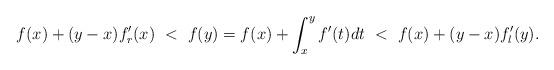
LaTeX: \begin{align*}f(x) + (y-x) f'_r(x) \ < \ f(y) = f(x) + \int_{x}^{y} f'(t)dt \ < \ f(x) + (y-x) f'_l(y). \end{align*}